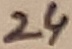
Text: 24